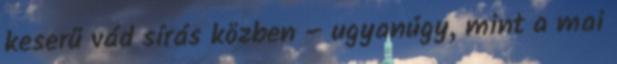
keserű vád sírás közben – ugyanúgy, mint a mai